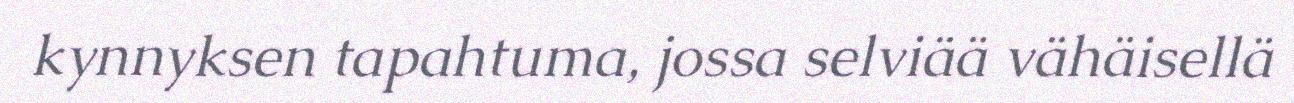
kynnyksen tapahtuma, jossa selviää vähäisellä